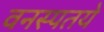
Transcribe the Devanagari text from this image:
वनस्पतये